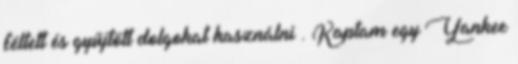
féltett és gyűjtött dolgokat használni . Kaptam egy Yankee